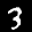
Label: 3